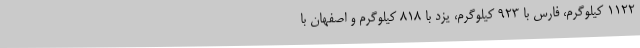
1122 کیلوگرم، فارس با 923 کیلوگرم، یزد با 818 کیلوگرم و اصفهان با